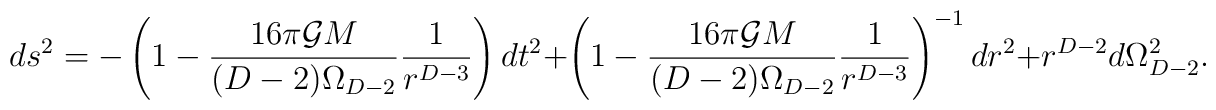
ds^2= -\left(1-\frac{16\pi{\cal G} M}{(D-2)\Omega_{D-2}}\frac{1}{r^{D-3}}\right)dt^2+\left(1-\frac{16\pi{\cal G} M}{(D-2)\Omega_{D-2}}\frac{1}{r^{D-3}}\right)^{-1}dr^2+r^{D-2}d\Omega_{D-2}^2.